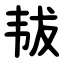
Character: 韨